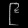
Digit: ၉